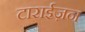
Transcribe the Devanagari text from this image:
टाराईज़न